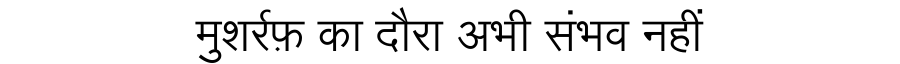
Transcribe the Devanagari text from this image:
मुशर्रफ़ का दौरा अभी संभव नहीं